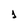
Character: 1